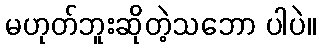
မဟုတ်ဘူးဆိုတဲ့သဘော ပါပဲ။